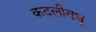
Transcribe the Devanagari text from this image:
कदलीवधू